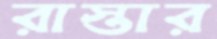
রাস্তার